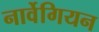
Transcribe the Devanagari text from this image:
नार्वेगियन